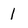
Character: l